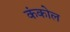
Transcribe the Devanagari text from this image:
कंकोल